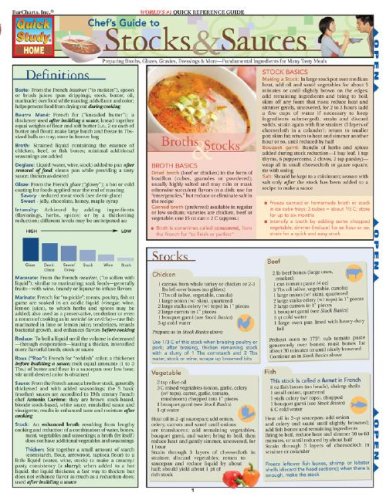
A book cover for Chef'S Guide To Stocks &Sauces (Quickstudy: Home); Inc. BarCharts; Cookbooks, Food & Wine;